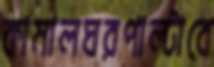
কামালঘরপাল্টাবে